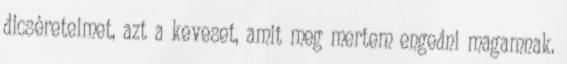
dicséreteimet, azt a keveset, amit meg mertem engedni magamnak.